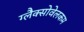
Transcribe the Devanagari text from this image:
ग्लैक्सोवेलकम